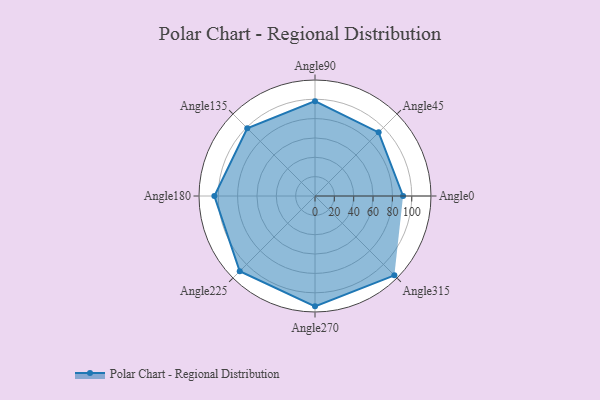
{"axis": {"x": "Angle", "y": "Radius"}, "legend": [""], "data": [{"x": "Angle0", "y": 91.0, "type": ""}, {"x": "Angle45", "y": 93.0, "type": ""}, {"x": "Angle90", "y": 98.0, "type": ""}, {"x": "Angle135", "y": 99.0, "type": ""}, {"x": "Angle180", "y": 104.0, "type": ""}, {"x": "Angle225", "y": 110.0, "type": ""}, {"x": "Angle270", "y": 114.0, "type": ""}, {"x": "Angle315", "y": 116.0, "type": ""}]}